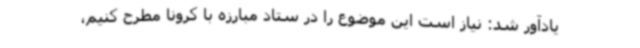
یادآور شد: نیاز است این موضوع را در ستاد مبارزه با کرونا مطرح کنیم،